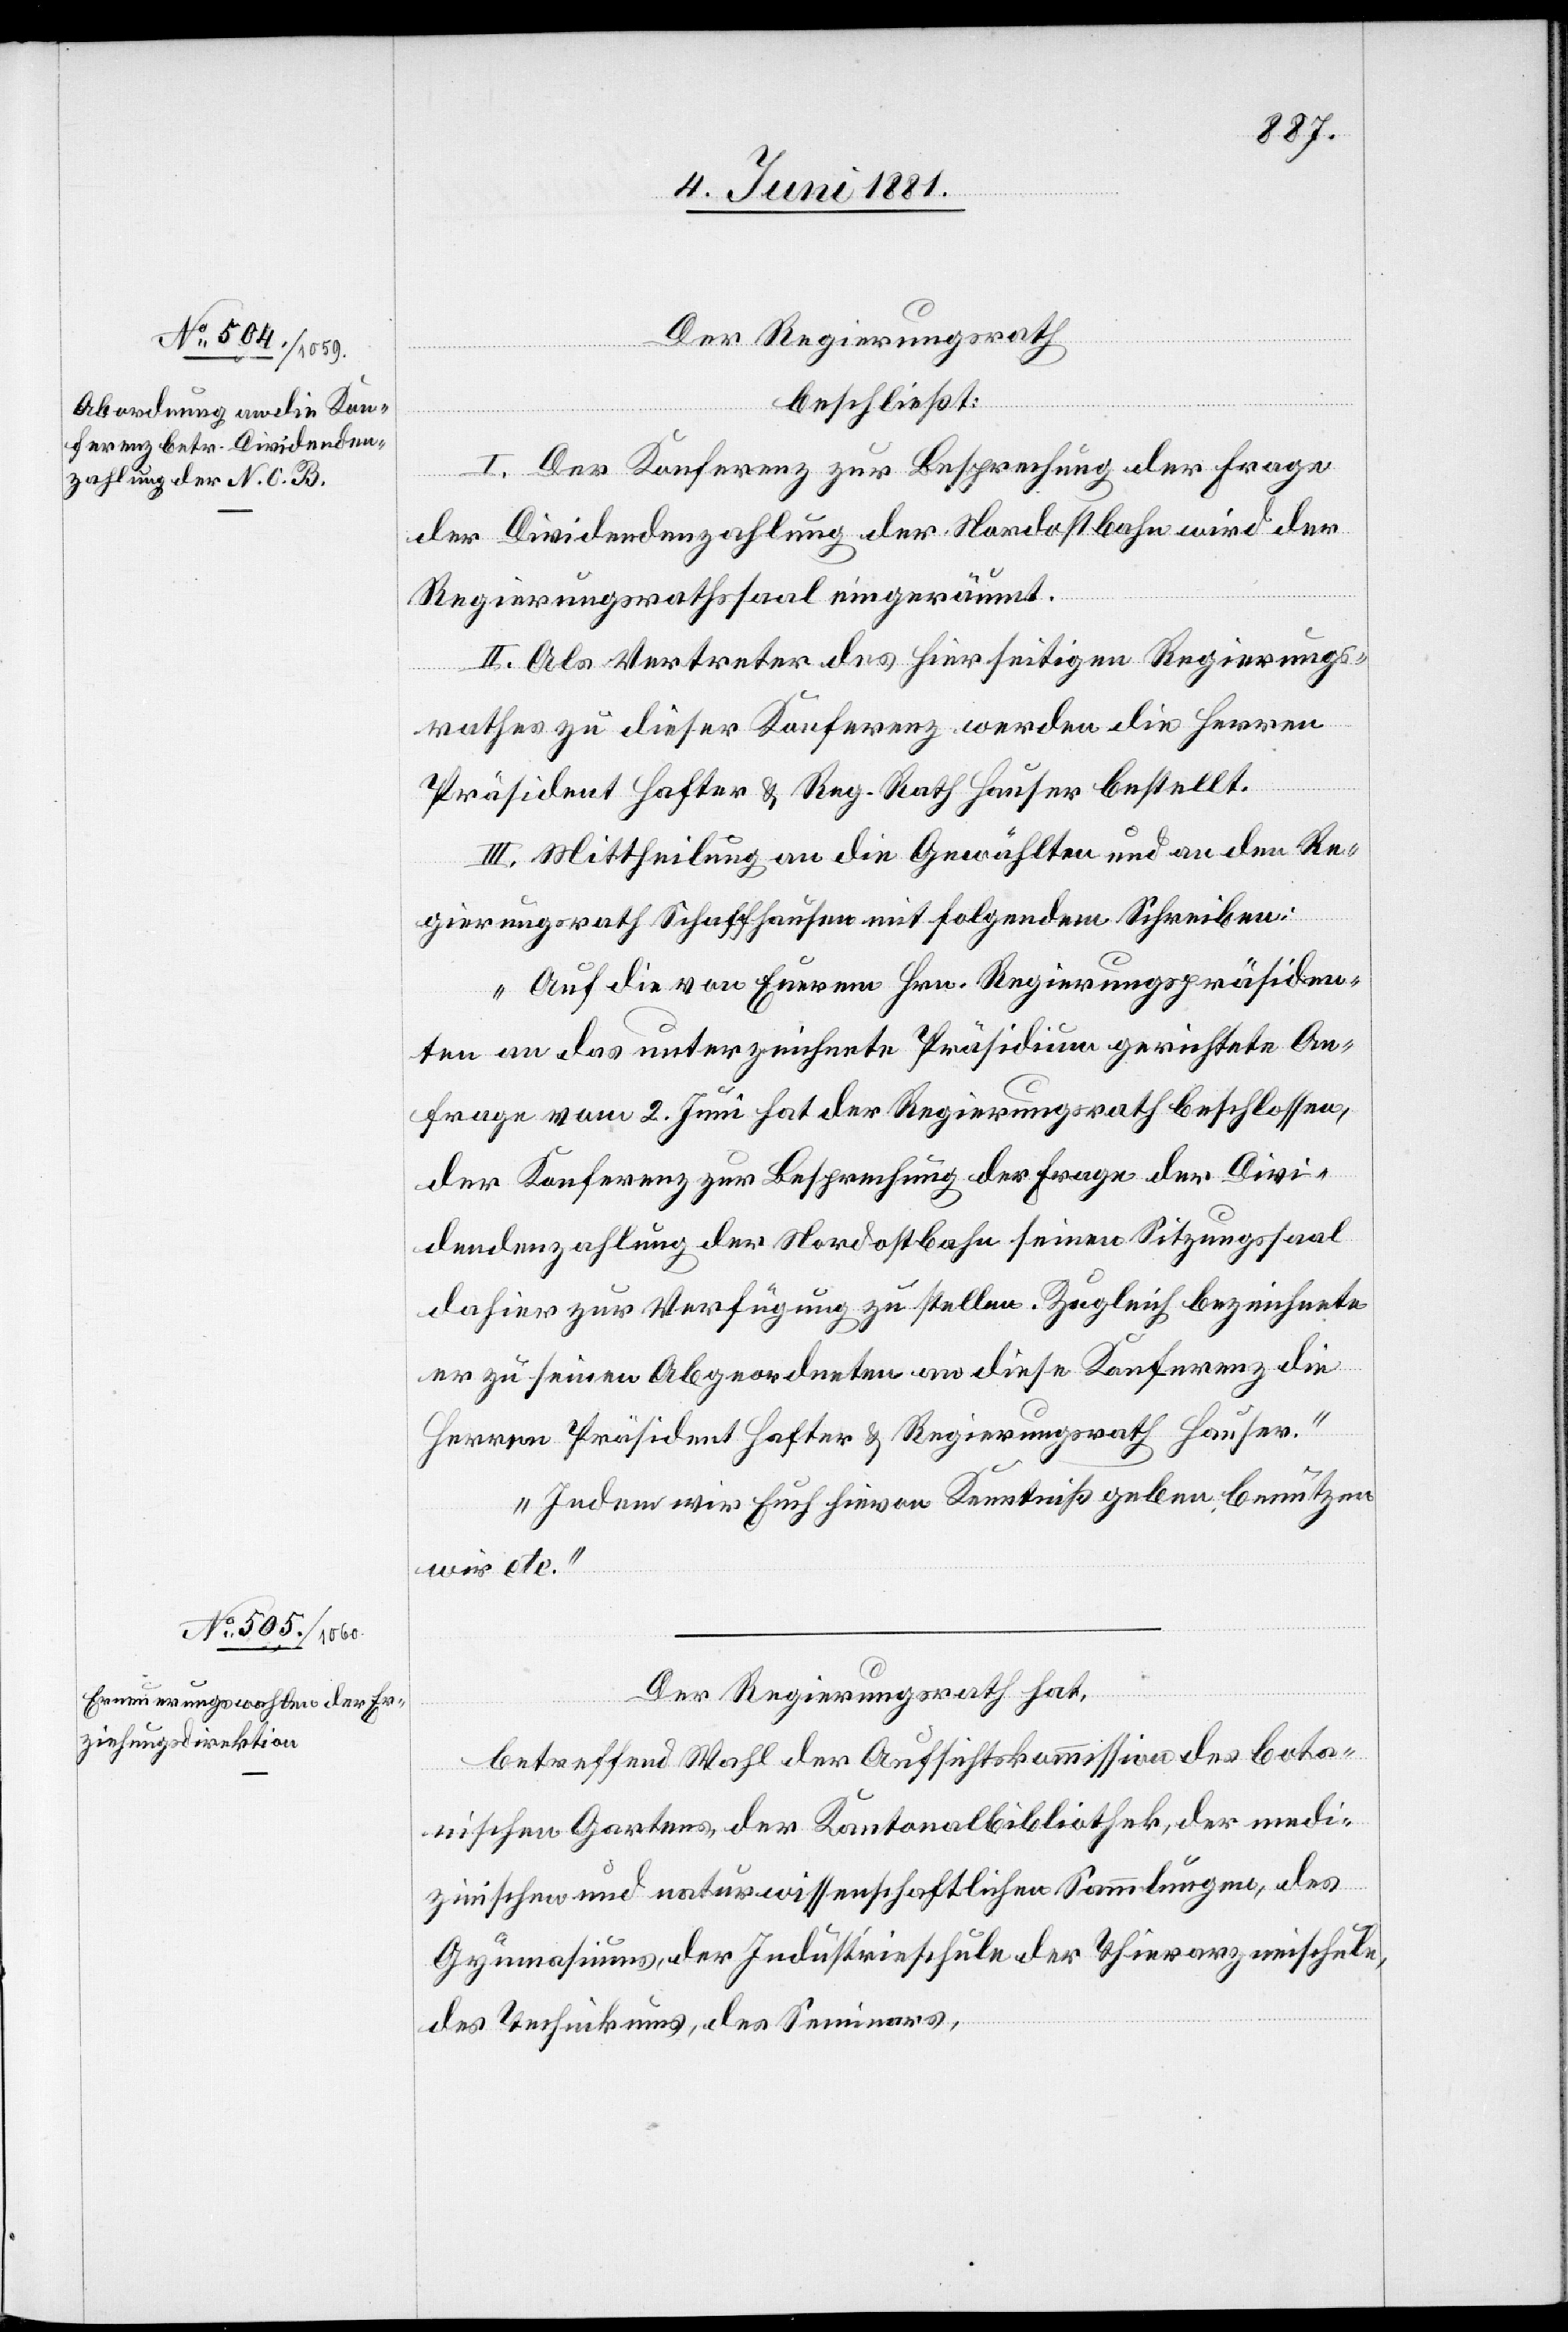
Der Regierungsrath
beschließt:
Frage
I. Der Konferenz zur Besprechung der Frage
der Dividendenzahlung der Nordostbahn wird der
Regierungsrathssaal eingeräumt.
II. Als Vertreter des hierseitigen Regierungs¬
rathes zu dieser Konferenz werden die Herren
Divi¬
Präsident Hafter & Reg. Rath Hauser bestellt.
III. Mittheilung an die Gewählten und an den Re¬
gierungsrath Schaffhausen mit folgendem Schreiben:
„Auf die von Eurem Hrn. Regierungspräsiden¬
ten an das unterzeichnete Präsidium gerichtete An¬
frage vom 2. Juni hat der Regierungsrath beschlossen,
dendenzahlung der Nordostbahn seinen Sitzungssaal
dahier zur Verfügung zu stellen. Zugleich bezeichnete
er zu seinen Abgeordneten an diese Konferenz die
Herren Präsident Hafter & Regierungsrath Hauser.
Indem wir euch hievon Kenntniß geben benutzen
wir etc.“
Der Regierungsrath hat,
betreffend Wahl der Aufsichtskommission des bota¬
nischen Gartens, der Kantonalbibliothek, der medi¬
zinischen und naturwissenschaftlichen Sammlungen, des
Gymnasiums, der Industrieschule[,] der Thierarzneischule,
des Technikums, des Seminars,